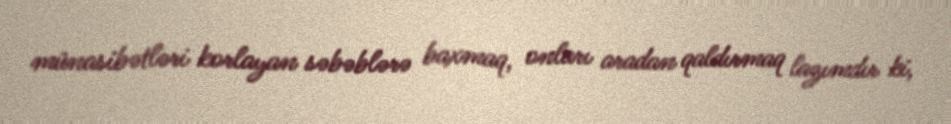
münasibətləri korlayan səbəblərə baxmaq, onları aradan qaldırmaq lazımdır ki,